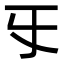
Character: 㸦